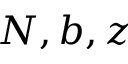
N , b , z